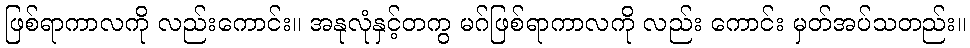
ဖြစ်ရာကာလကို လည်းကောင်း။ အနုလုံနှင့်တကွ မဂ်ဖြစ်ရာကာလကို လည်း ကောင်း မှတ်အပ်သတည်း။